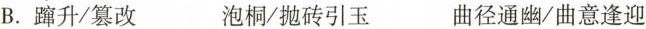
B.蹿升/篡改 泡桐/抛砖引玉 曲径通幽/曲意逢迎